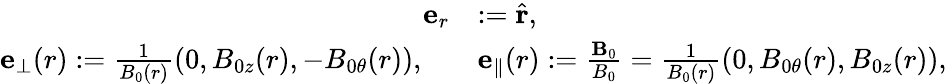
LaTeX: \begin{array}{r}{\begin{array}{rl}{\mathbf{e}_{r}}&{:=\hat{\mathbf{r}},}\\ {\mathbf{e}_{\perp}(r):=\frac{1}{B_{0}(r)}\left(0,B_{0z}(r),-B_{0\theta}(r)\right),\quad}&{\mathbf{e}_{\parallel}(r):=\frac{\mathbf{B}_{0}}{B_{0}}=\frac{1}{B_{0}(r)}\left(0,B_{0\theta}(r),B_{0z}(r)\right),}\end{array}}\end{array}